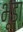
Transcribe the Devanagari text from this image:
भूडा